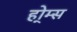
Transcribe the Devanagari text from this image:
हो्म्स